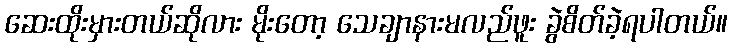
ဆေးထိုးမှားတယ်ဆိုလား မိုးတော့ သေချာနားမလည်ဖူး ခွဲစိတ်ခဲ့ရပါတယ်။